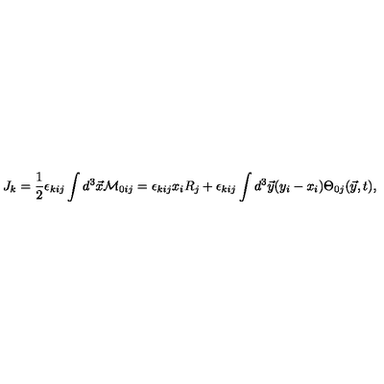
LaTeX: J _ { k } = { \frac { 1 } { 2 } } \epsilon _ { k i j } \int d ^ { 3 } \vec { x } { \cal M } _ { 0 i j } = \epsilon _ { k i j } x _ { i } R _ { j } + \epsilon _ { k i j } \int d ^ { 3 } \vec { y } ( y _ { i } - x _ { i } ) \Theta _ { 0 j } ( \vec { y } , t ) ,